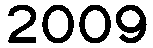
2009